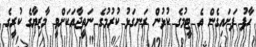
ހާފު ފަށައިގެން އެ ޓީމުގެ ކުޅުން ރަނގަޅު ކުރުމުގެ ނަތީޖާއަކަށްވީ މާޒިޔާގެ ކުރީގެ